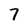
Character: 7